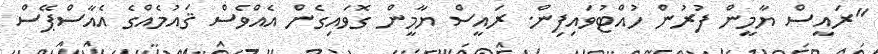
"ރައީސް ޔާމީން ފުރުން ހުއްޓުވައިފިން. ރައީސް ޔާމީން ގޮވައިގެން އެއްވެސް ޤައުމެއްގެ އެއާސްޕޭސް